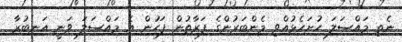
ނެތި މައްސަލަ ހުށަހެޅުއްވި މެންބަރުންގެ ފަރާތުން ފަހުން އެ މައްސަލަ ވަނީ އަނބުރާ